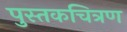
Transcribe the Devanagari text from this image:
पुस्तकचित्रण